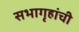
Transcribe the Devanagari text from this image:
सभागृहांची